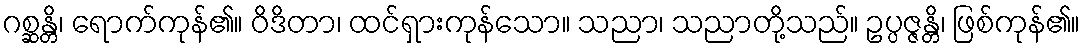
ဂစ္ဆန္တိ၊ ရောက်ကုန်၏။ ဝိဒိတာ၊ ထင်ရှားကုန်သော။ သညာ၊ သညာတို့သည်။ ဥပ္ပဇ္ဇန္တိ၊ ဖြစ်ကုန်၏။